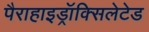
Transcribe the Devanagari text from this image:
पैराहाइड्रॉक्सिलेटेड